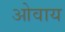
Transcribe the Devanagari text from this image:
ओवाय